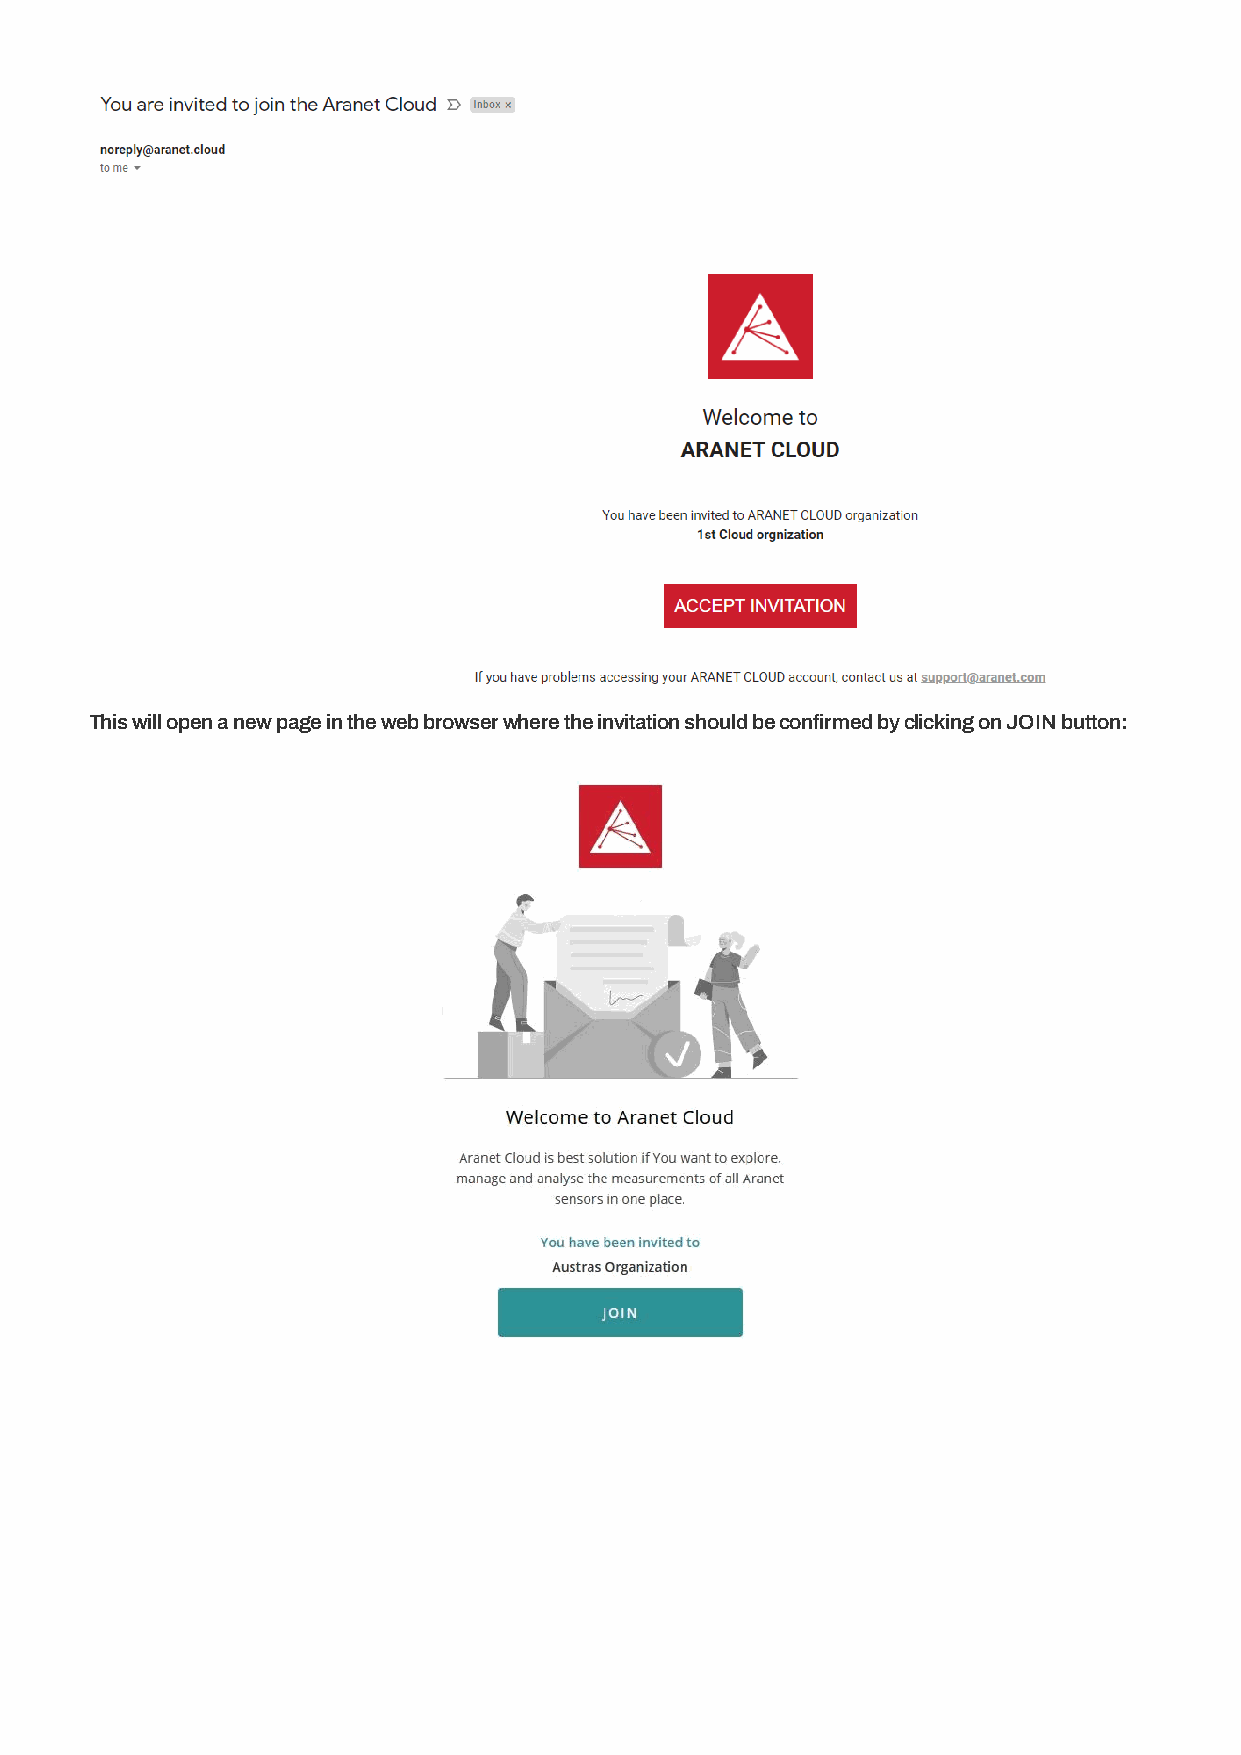
This will open a new page in the web browser where the invitation should be confirmed by clicking on JOIN button: